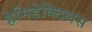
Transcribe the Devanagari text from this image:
हेमिडेक्टिलस